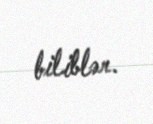
biliblər.